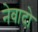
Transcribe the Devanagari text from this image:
नेवादो